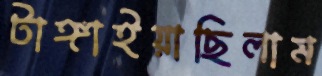
টাঙ্গাইয়াছিলাম